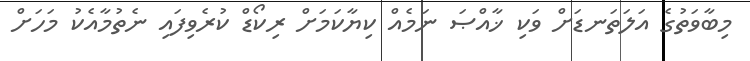
މިބާވަތުގެ އަލަތަނޑަށް ވަކި ޚާއްޞަ ނަމެއް ކިޔާކަމަށް ރިކޯޑް ކުރެވިފައި ނެތުމާއެކު މަހަށް